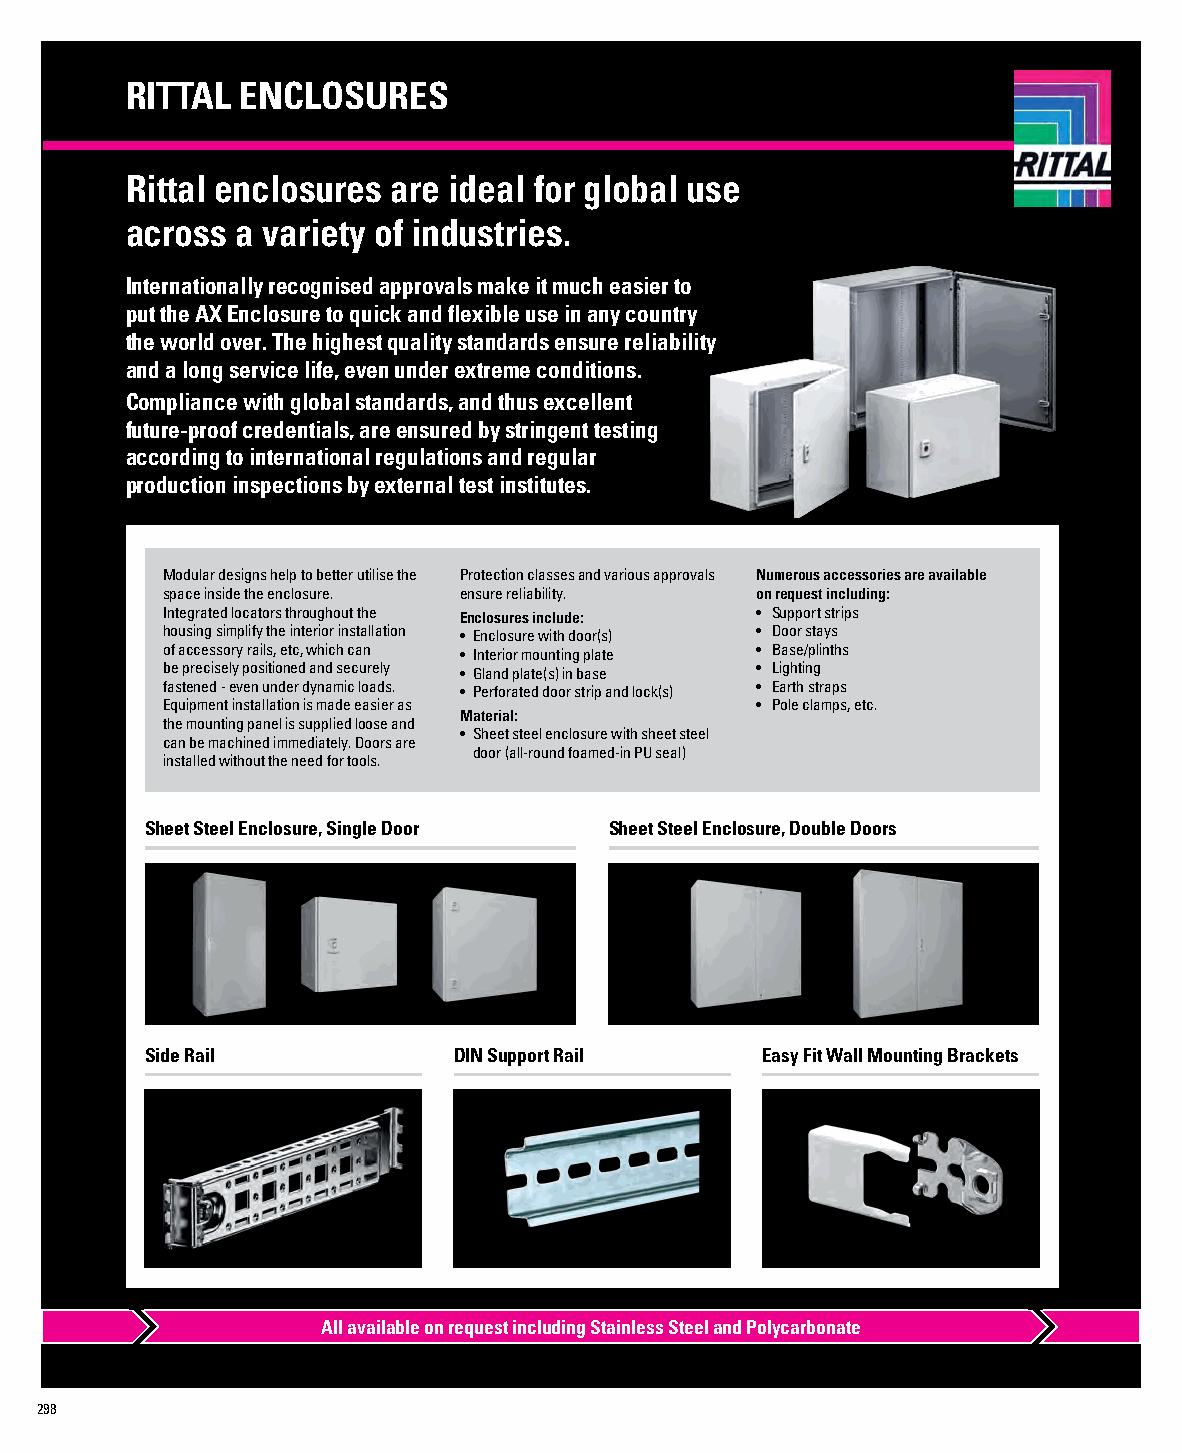
RITTAL  ENCLOSURES
 Rittal enclosures are ideal for global use
 across  a variety of industries.
 Internationally recognised approvals make it much easier to
 put the AX Enclosure to quick and flexible use in any country
 the world over. The highest quality standards ensure reliability
 and a long service life, even under extreme conditions.
 Compliance with global standards, and thus excellent
 future-proof credentials, are ensured by stringent testing
 according to international regulations and regular
 production inspections by external test institutes.
 Modular designs help to better utilise the Protection classes and various approvals Numerous accessories are available
 space inside the enclosure. ensure reliability. on request including:
 Integrated locators throughout the Enclosures include: • Support strips
 housing simplify the interior installation • Enclosure with door(s) • Door stays
 of accessory rails, etc, which can • Interior mounting plate • Base/plinths
 be precisely positioned and securely • Gland plate(s) in base • Lighting
 fastened - even under dynamic loads. • Perforated door strip and lock(s) • Earth straps
 Equipment installation is made easier as • Pole clamps, etc.
 Material:
 the mounting panel is supplied loose and
 • Sheet steel enclosure with sheet steel
 can be machined immediately. Doors are
 door (all-round foamed-in PU seal)
 installed without the need for tools.
 Sheet Steel Enclosure, Single Door Sheet Steel Enclosure, Double Doors
 Side Rail           DIN Support Rail    Easy Fit Wall Mounting Brackets
 All available on request including Stainless Steel and Polycarbonate
 298